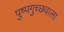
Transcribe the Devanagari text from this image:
पुष्पगुच्छवाला